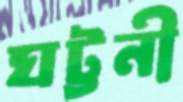
ঘট্টনী